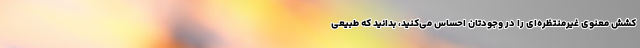
کشش معنوی غیرمنتظره‌ای را در وجودتان احساس می‌کنید، بدانید که طبیعی